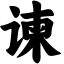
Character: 谏